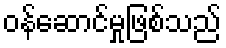
ဝန်ဆောင်မှုဖြစ်သည်